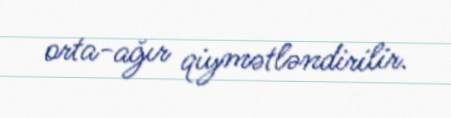
orta-ağır qiymətləndirilir.